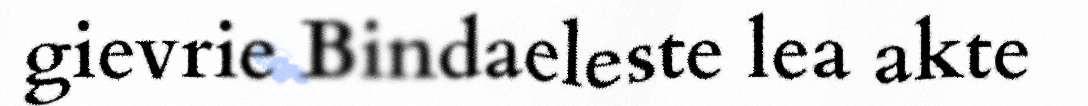
gievrie Bindaeleste lea akte